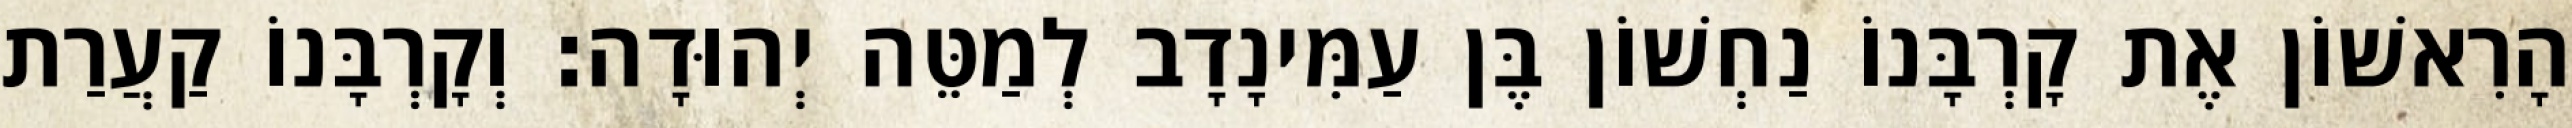
הָרִאשׁוֹן אֶת קָרְבָּנוֹ נַחְשׁוֹן בֶּן עַמִּינָדָב לְמַטֵּה יְהוּדָה׃ וְקָרְבָּנוֹ קַעֲרַת